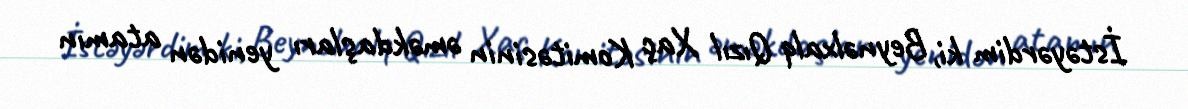
İstəyərdim ki, Beynəlxalq Qızıl Xaç Komitəsinin əməkdaşları yenidən atamın